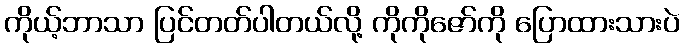
ကိုယ့်ဘာသာ ပြင်တတ်ပါတယ်လို့ ကိုကိုဇော်ကို ပြောထားသားပဲ